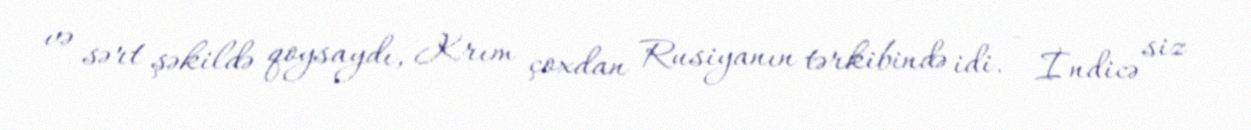
və sərt şəkildə qoysaydı, Krım çoxdan Rusiyanın tərkibində idi. - İndicə siz